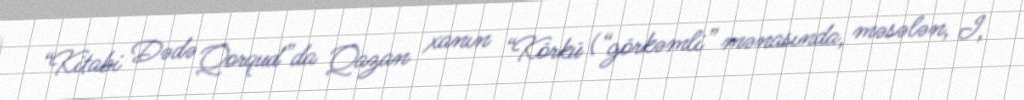
“Kitabi Dədə Qorqud”da Qazan xanın “Körkü (“görkəmli” mənasında, məsələn, I,